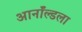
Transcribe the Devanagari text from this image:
आर्नॉल्डला